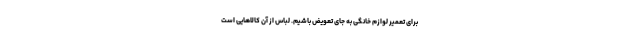
برای تعمیر لوازم خانگی به جای تعویض باشیم. لباس از آن کالاهایی است